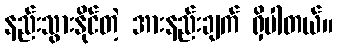
နည်းသွားနိုင်တဲ့ အားနည်းချက် ရှိပါတယ်။